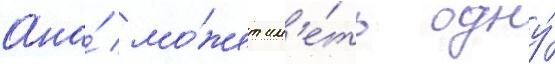
Она́ мо́жет им'е́ть одну́